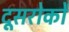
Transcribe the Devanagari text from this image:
दूसरोकों